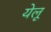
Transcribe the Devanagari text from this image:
येलू